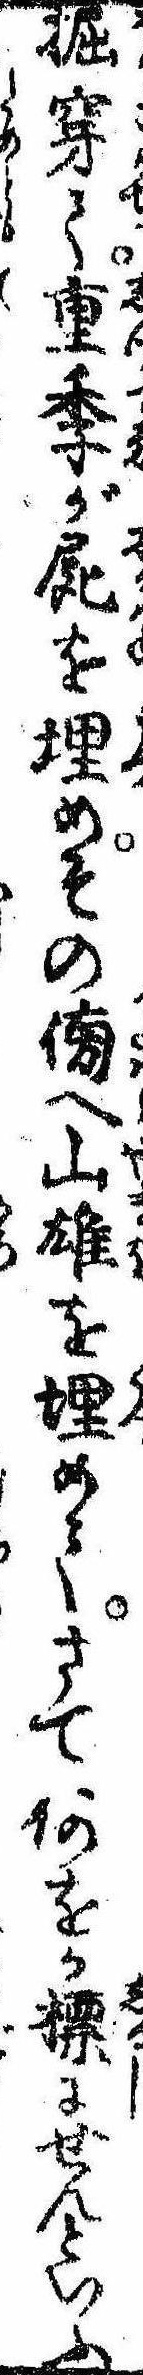
掘穿て重季が屍を埋めその傍へ山雄を埋めてさて何をか標にせんといふ